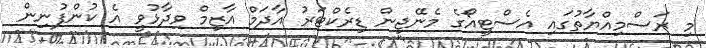
މި ރަސްމިއްޔާތުގައި އެސްޓީއޯގެ މެނޭޖިން ޑިރެކްޓަރު އާދަމް އާޒިމް ވިދާޅުވީ އެ ކުންފުނިން